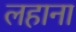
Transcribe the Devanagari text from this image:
लहाना